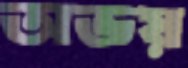
অভয়